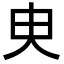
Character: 㬰